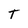
Character: T